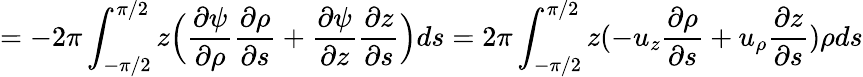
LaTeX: =-2\pi\int_{-\pi/2}^{\pi/2}z\Big(\frac{\partial\psi}{\partial\rho}\frac{\partial\rho}{\partial s}+\frac{\partial\psi}{\partial z}\frac{\partial z}{\partial s}\Big)ds=2\pi\int_{-\pi/2}^{\pi/2}z(-u_{z}\frac{\partial\rho}{\partial s}+u_{\rho}\frac{\partial z}{\partial s})\rho ds